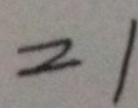
= 1